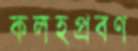
কলহপ্রবণ